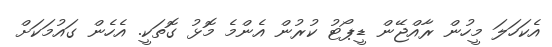
އެކަހަލަ މީހުން ރާއްޖޭން ޑީޕޯޓު ކުރުން އެންމެ މޮޅު ގޮތަކީ. އެހެން ގައުމަކަށް